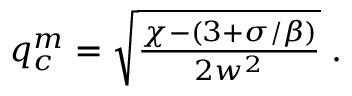
\begin{array} { r } { q _ { c } ^ { m } = \sqrt { \frac { \chi - ( 3 + \sigma / \beta ) } { 2 w ^ { 2 } } } \; . } \end{array}